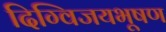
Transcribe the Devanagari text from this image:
दिग्विजयभूषण